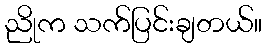
ညိုက သက်ပြင်းချတယ်။